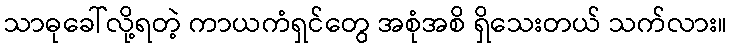
သာဓုခေါ်လို့ရတဲ့ ကာယကံရှင်တွေ အစုံအစိ ရှိသေးတယ် သက်လား။